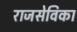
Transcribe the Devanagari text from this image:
राजसेविका